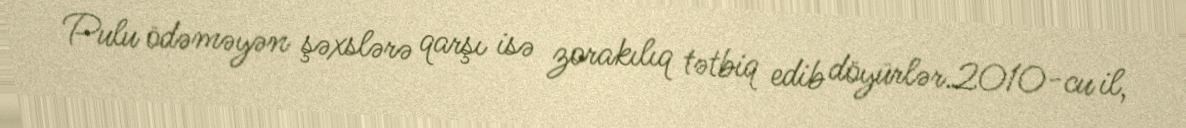
Pulu ödəməyən şəxslərə qarşı isə zorakılıq tətbiq edib döyürlər.2010-cu il,